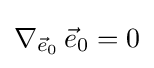
\nabla _{{\vec {e}}_{0}}\,{\vec {e}}_{0}=0